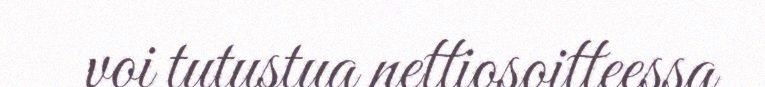
voi tutustua nettiosoitteessa